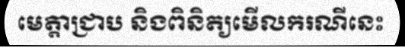
មេត្តាជ្រាប និងពិនិត្យមើលករណីនេះ